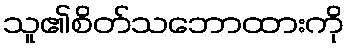
သူ၏စိတ်သဘောထားကို